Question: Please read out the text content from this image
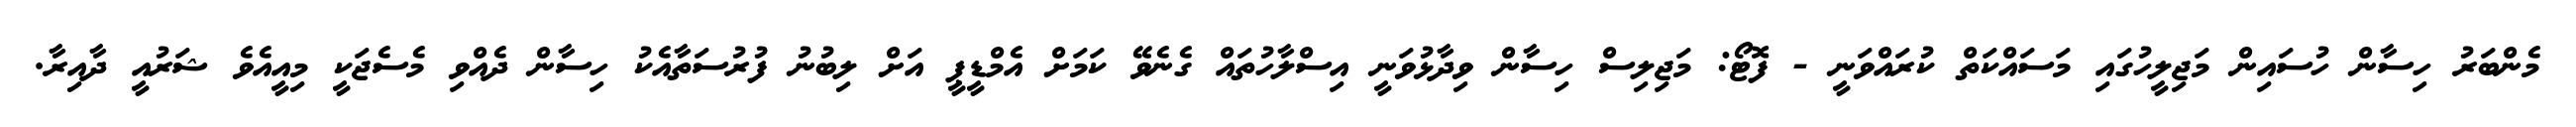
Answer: މެންބަރު ހިސާން ހުސައިން މަޖިލީހުގައި މަސައްކަތް ކުރައްވަނީ - ފޮޓޯ: މަޖިލިސް ހިސާން ވިދާޅުވަނީ އިސްލާހުތައް ގެނެވޭ ކަމަށް އެމްޑީޕީ އަށް ލިބުނު ފުރުސަތާއެކު ހިސާން ދެއްވި މެސެޖަކީ މިއީއެވެ ޝަރުއީ ދާއިރާ.